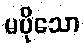
မပိုသော